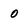
Character: 0